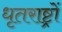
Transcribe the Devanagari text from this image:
धृतराष्ट्रों